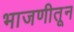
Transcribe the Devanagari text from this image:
भाजणीतून